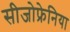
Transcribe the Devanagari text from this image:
सीजोफ्रेनिया